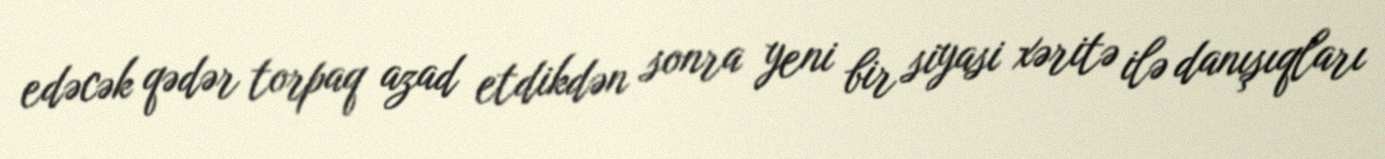
edəcək qədər torpaq azad etdikdən sonra yeni bir siyasi xəritə ilə danışıqları